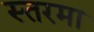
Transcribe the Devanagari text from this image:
स्तरमा